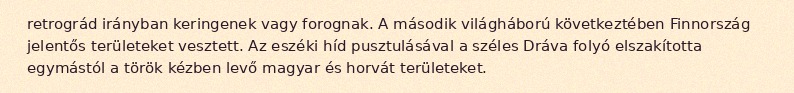
retrográd irányban keringenek vagy forognak. A második világháború következtében Finnország jelentős területeket vesztett. Az eszéki híd pusztulásával a széles Dráva folyó elszakította egymástól a török kézben levő magyar és horvát területeket.